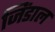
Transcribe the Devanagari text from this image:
जिंडाल